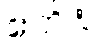
ဧကိဒံ